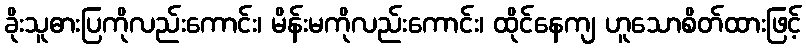
ခိုးသူဓားပြကိုလည်းကောင်း၊ မိန်းမကိုလည်းကောင်း၊ ထိုင်နေကျ ဟူသောစိတ်ထားဖြင့်